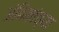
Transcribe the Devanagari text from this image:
अंबिकांच्या